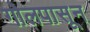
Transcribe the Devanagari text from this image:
गोलपासून